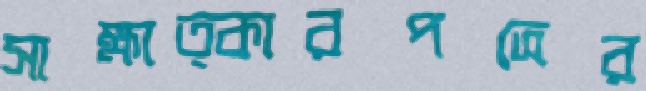
সাক্ষাত্কারপত্রের